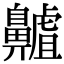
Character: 齇